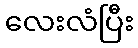
လေးလံပြီး